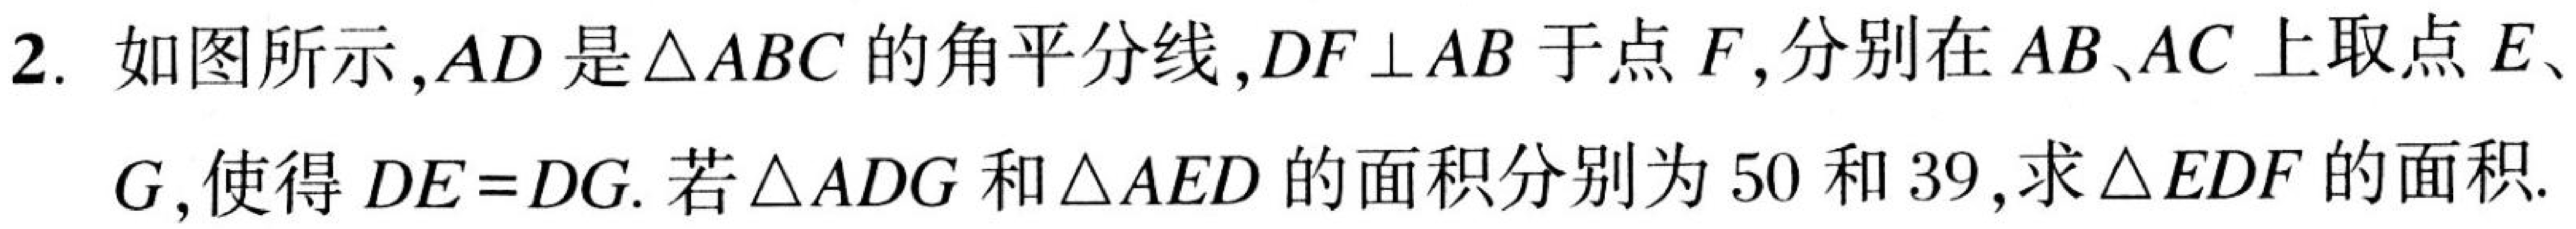
2. 如图所示，\(AD\)是\(\triangle ABC\)的角平分线，\(DF\perp AB\)于点\(F\)，分别在\(AB\)、\(AC\)上取点\(E\)、\(G\)，使得\(DE = DG\). 若\(\triangle ADG\)和\(\triangle AED\)的面积分别为\(50\)和\(39\)，求\(\triangle EDF\)的面积.